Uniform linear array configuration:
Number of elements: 24
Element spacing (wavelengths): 0.25
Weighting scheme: exponential
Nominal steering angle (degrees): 15
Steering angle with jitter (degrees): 13.791
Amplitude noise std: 0.05
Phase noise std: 0.05

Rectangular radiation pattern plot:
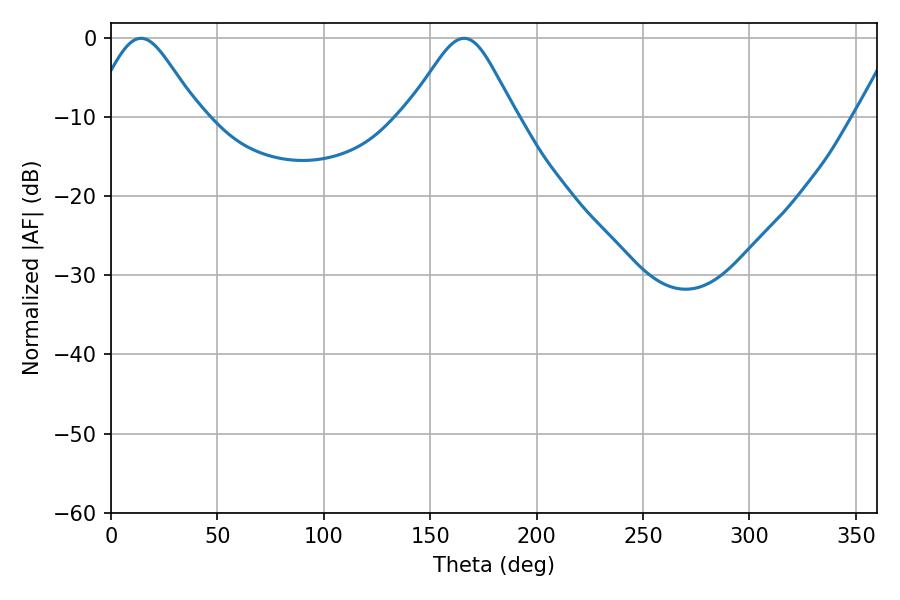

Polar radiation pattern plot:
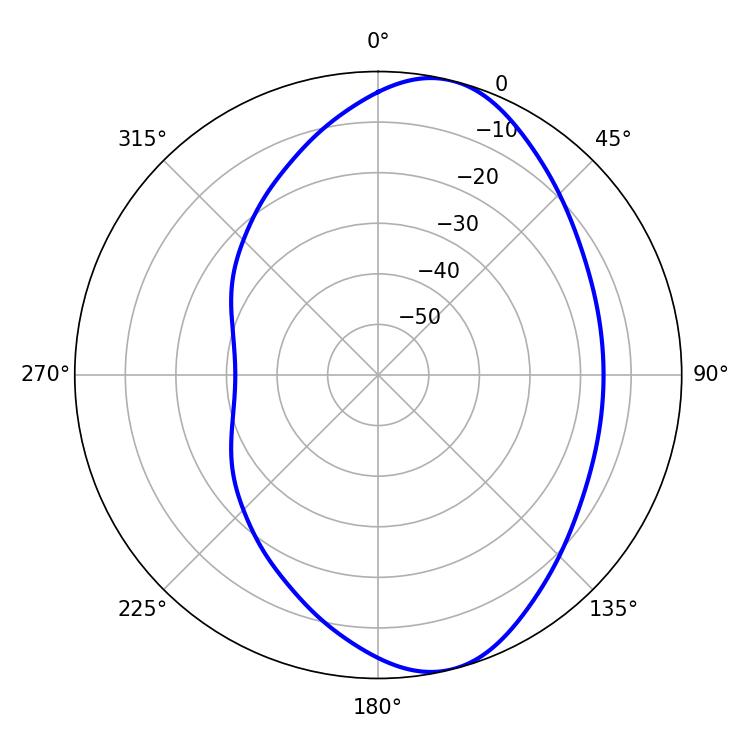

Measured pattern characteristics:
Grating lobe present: FALSE
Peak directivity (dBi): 8.193
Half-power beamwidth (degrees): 24.48
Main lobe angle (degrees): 14.04